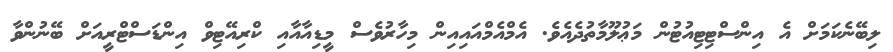
ލިބޭނެކަމަށް އެ އިންސްޓިޓިއުޓުން މަޢުލޫމާތުދެއެވެ. އެމްއެމްއައިއިން މިހާރުވެސް މީޑިއާއާއި ކްރިއޭޓިވް އިންޑަސްޓްރީއަށް ބޭނުންވާ